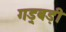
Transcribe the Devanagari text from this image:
गड़्बड़ी